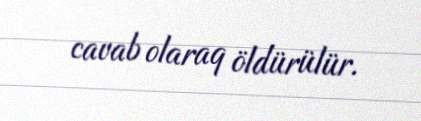
cavab olaraq öldürülür.